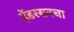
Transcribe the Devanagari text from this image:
हेंडरसनचा